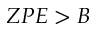
Z P E > B